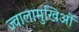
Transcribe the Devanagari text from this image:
ज्वालामुखिओं